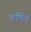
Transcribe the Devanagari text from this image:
कणिश